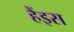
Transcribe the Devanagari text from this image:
हैंइस